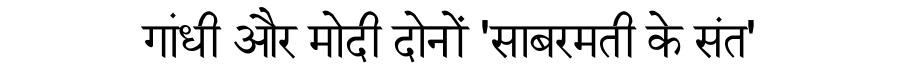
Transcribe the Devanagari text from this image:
गांधी और मोदी दोनों 'साबरमती के संत'